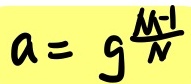
\[
a = g^{\frac{M - 1}{N}}
\]